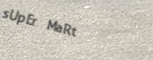
sUpEr MaRt